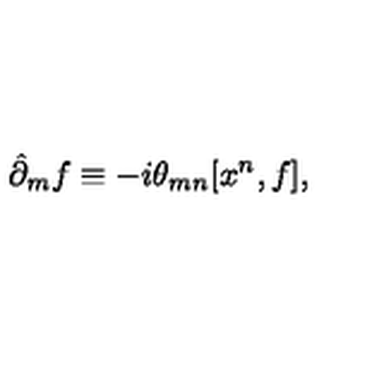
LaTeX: \hat { \partial } _ { m } f \equiv - i \theta _ { m n } [ x ^ { n } , f ] ,